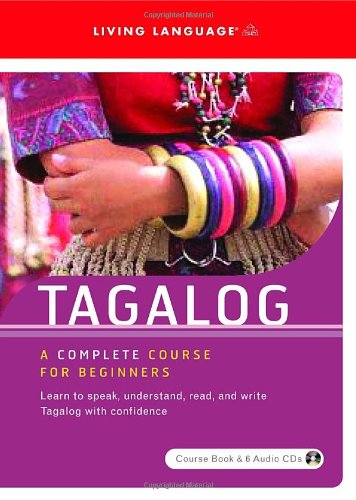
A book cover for Spoken World: Tagalog; Living Language; Travel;